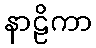
နာဠိကာ